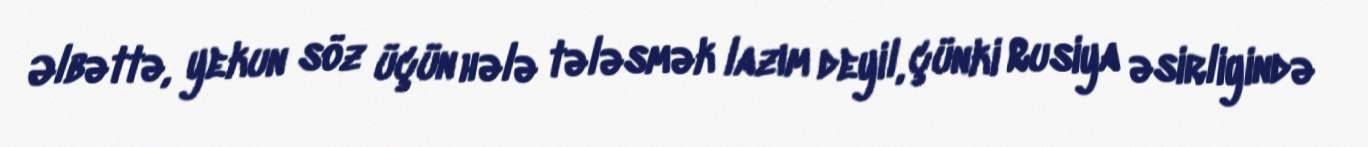
Əlbəttə, yekun söz üçün hələ tələsmək lazım deyil, çünki Rusiya əsirliyində